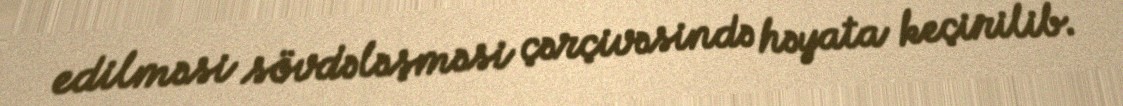
edilməsi sövdələşməsi çərçivəsində həyata keçirilib.